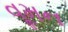
વૂમન